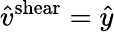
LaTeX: \hat{v}^{\mathrm{shear}}=\hat{y}